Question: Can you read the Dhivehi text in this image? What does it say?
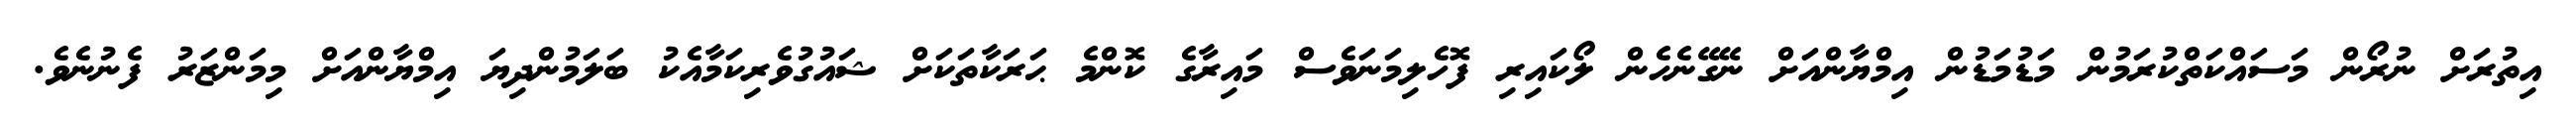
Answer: އިތުރަށް ނުރޯން މަސައްކަތްކުރަމުން މަޑުމަޑުން އިމްޔާންއަށް ނޭގޭނެހެން ލޯކައިރި ފޮހެލިމަނަވެސް މައިރާގެ ކޮންމެ ޙަރަކާތަކަށް ޝައުގުވެރިކަމާއެކު ބަލަމުންދިޔަ އިމްޔާންއަށް މިމަންޒަރު ފެނުނެވެ.